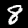
Digit: 8